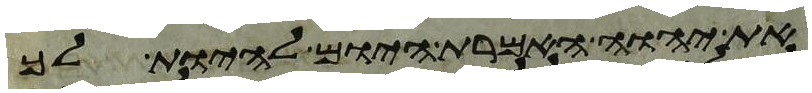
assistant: את יהוה האמרת היום להיות לך